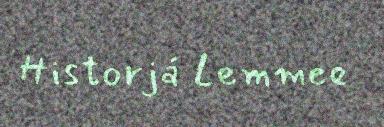
Historjá Lemmee